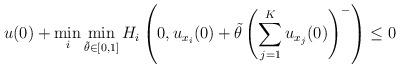
LaTeX: \begin{align*}u(0) + \min_{i} \min_{\tilde{\theta} \in [0,1]} H_{i} \left(0, u_{x_{i}}(0) + \tilde{\theta} \left(\sum_{j = 1}^{K} u_{x_{j}}(0) \right)^{-} \right) \leq 0 \end{align*}